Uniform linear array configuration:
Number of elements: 64
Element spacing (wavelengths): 0.5
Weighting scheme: exponential
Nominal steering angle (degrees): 60
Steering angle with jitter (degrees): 59.078
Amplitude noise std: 0.05
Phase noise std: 0.05

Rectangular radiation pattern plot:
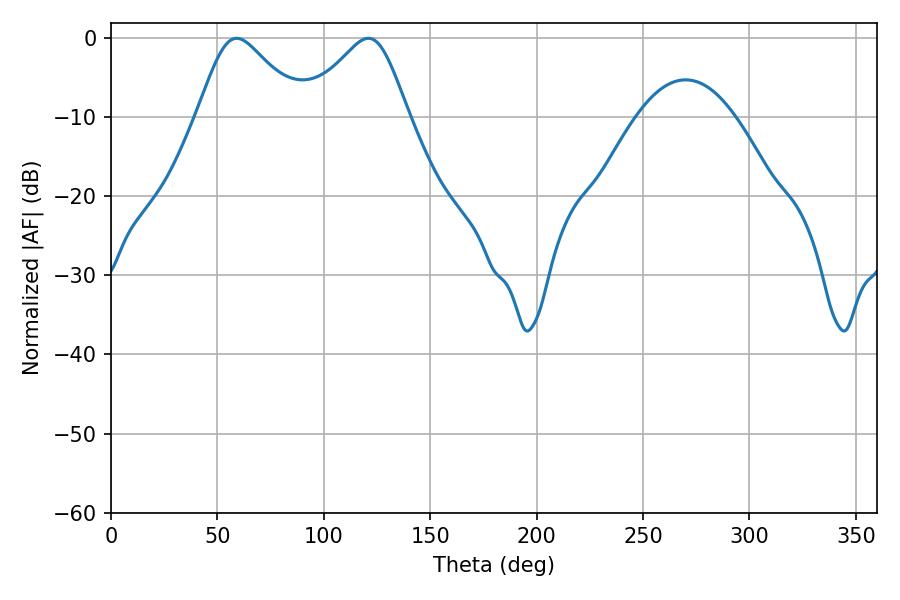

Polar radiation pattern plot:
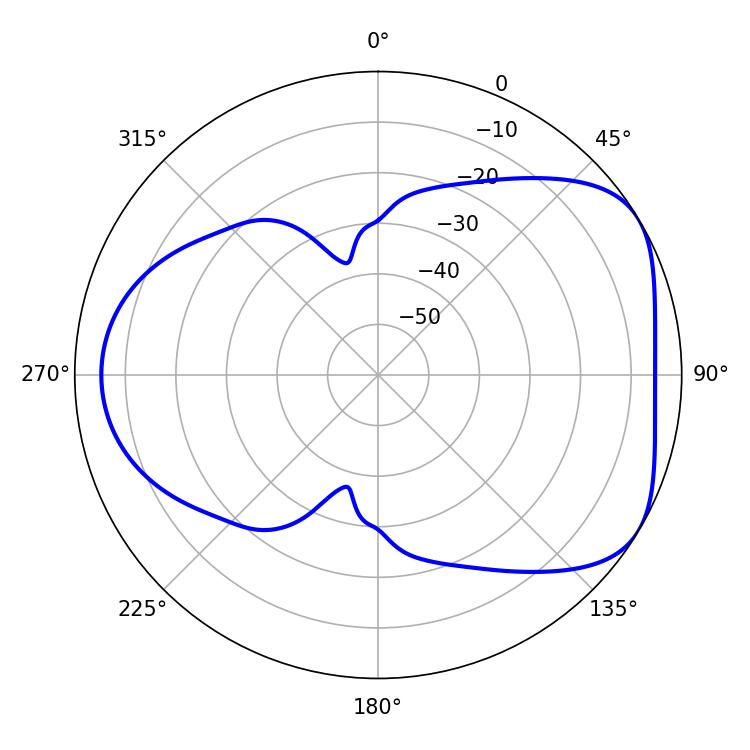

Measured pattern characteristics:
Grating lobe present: FALSE
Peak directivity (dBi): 4.842
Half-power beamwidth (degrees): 23.94
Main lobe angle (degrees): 59.04